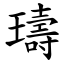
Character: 璹